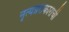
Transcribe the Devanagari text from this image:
नृत्यप्रराकाराची